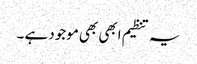
یہ تنظیم ابھی بھی موجود ہے ۔